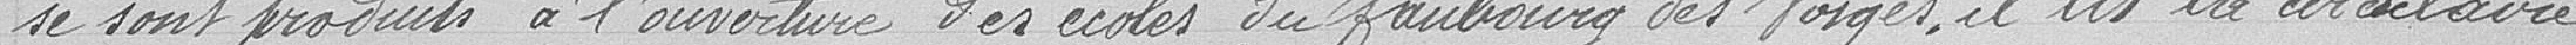
se sont produits à l'ouverture des écoles du faubourg des Vosges, il lit la circulaire